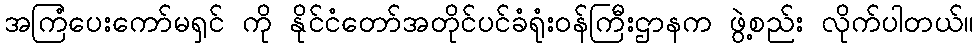
အကြံပေးကော်မရှင် ကို နိုင်ငံတော်အတိုင်ပင်ခံရုံးဝန်ကြီးဌာနက ဖွဲ့စည်း လိုက်ပါတယ်။